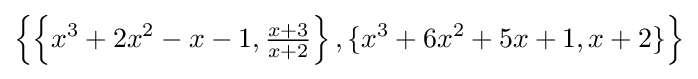
\left\{\left\{x^{3}+2x^{2}-x-1,{\tfrac {x+3}{x+2}}\right\},\{x^{3}+6x^{2}+5x+1,x+2\}\right\}